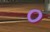
૦